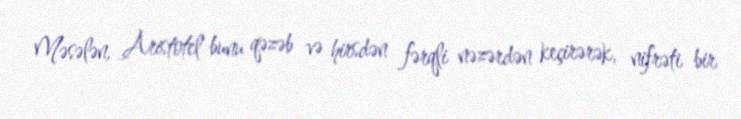
Məsələn, Aristotel bunu qəzəb və hirsdən fərqli nəzərdən keçirərək, nifrəti bir